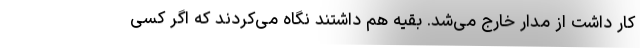
کار داشت از مدار خارج می‌شد. بقیه هم داشتند نگاه می‌کردند که اگر کسی